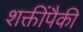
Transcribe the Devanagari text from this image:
शक्तींपैकी